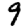
Digit: 9